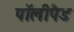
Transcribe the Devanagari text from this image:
पॉलीपैड